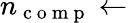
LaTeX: n_{\mathrm{~c~o~m~p~}}\leftarrow